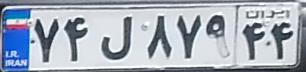
۷۴ل۸۷۹۴۴